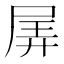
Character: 𡱯